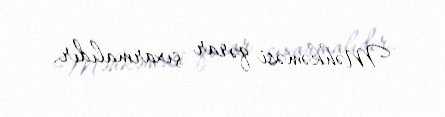
Məhkəməsi qərar çıxarmalıdır.